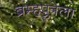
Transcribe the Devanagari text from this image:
ब्रम्हपुत्रेला